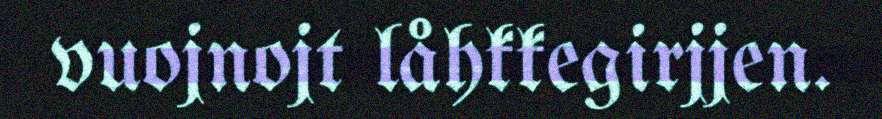
vuojnojt låhkkegirjjen.